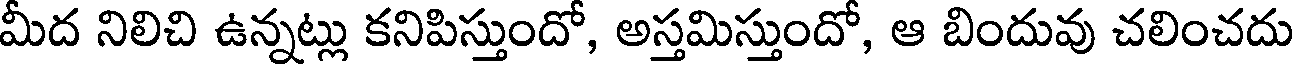
మీద నిలిచి ఉన్నట్లు కనిపిస్తుందో, అస్తమిస్తుందో, ఆ బిందువు చలించదు